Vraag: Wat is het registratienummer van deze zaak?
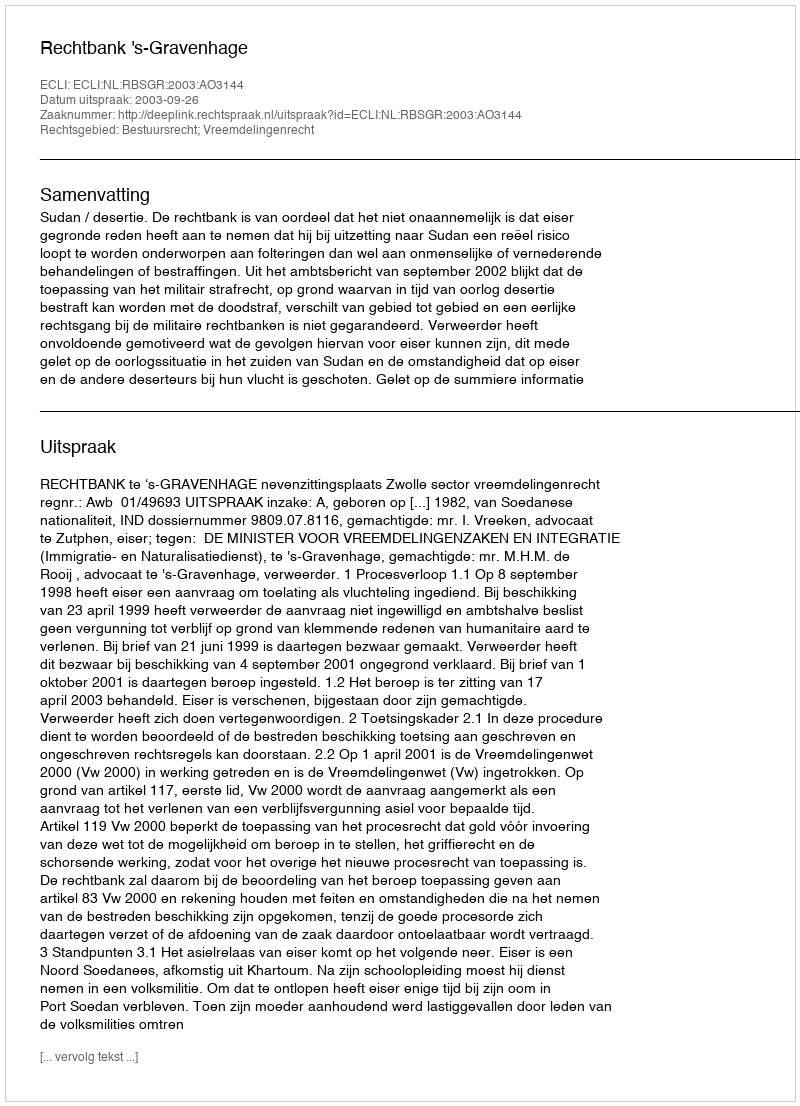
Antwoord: http://deeplink.rechtspraak.nl/uitspraak?id=ECLI:NL:RBSGR:2003:AO3144